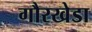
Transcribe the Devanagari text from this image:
गौरखेडा